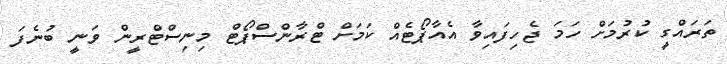
ތަރައްގީ ކުރުމަށް ހަމަ ޖެހިފައިވާ އެއާޕޯޓެއް ކަމަށް ޓްރާންސްޕޯޓް މިނިސްޓްރީން ވަނީ ބުނެފަ